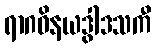
ရာဂဝိနယဒွါဒသကီ